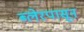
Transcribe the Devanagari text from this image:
ब्लेरपासून